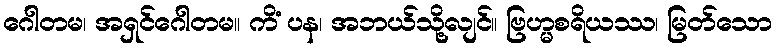
ဂေါတမ၊ အရှင်ဂေါတမ။ ကိံ ပန၊ အဘယ်သို့လျင်။ ဗြဟ္မစရိယဿ၊ မြတ်သော